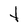
Character: t